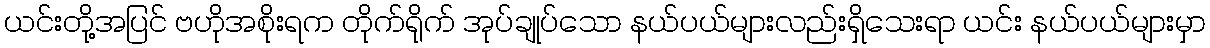
ယင်းတို့အပြင် ဗဟိုအစိုးရက တိုက်ရိုက် အုပ်ချုပ်သော နယ်ပယ်များလည်းရှိသေးရာ ယင်း နယ်ပယ်များမှာ